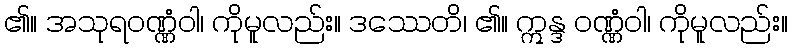
၏။ အသုရဝဏ္ဏံဝါ၊ ကိုမူလည်း။ ဒဿေတိ၊ ၏။ ဣန္ဒ ဝဏ္ဏံဝါ၊ ကိုမူလည်း။